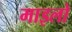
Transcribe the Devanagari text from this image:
माइलो